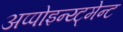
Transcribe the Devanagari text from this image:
अप्पोइन्य्ट्मेन्ट